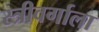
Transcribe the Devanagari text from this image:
स्त्रीवर्गाला